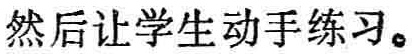
然后让学生动手练习。